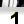
Digit: 1